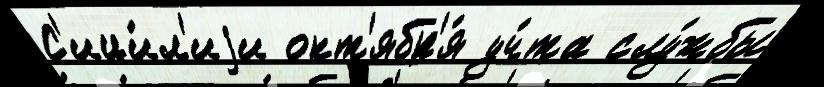
С'ици́л'иjи окт'ябр'я́ уч́та слу́жбы